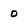
Character: 0